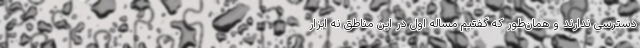
دسترسی ندارند و همان‌طور که گفتیم مساله اول در این مناطق نه ابزار